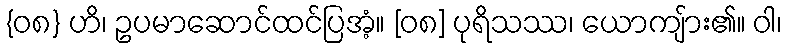
{၀၈} ဟိ၊ ဥပမာဆောင်ထင်ပြအံ့။ [၀၈] ပုရိသဿ၊ ယောကျ်ား၏။ ဝါ၊